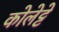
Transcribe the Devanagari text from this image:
कोलेट्टे